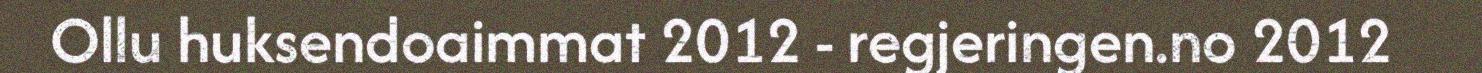
Ollu huksendoaimmat 2012 - regjeringen.no 2012